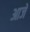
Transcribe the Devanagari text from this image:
आजें